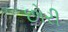
છોરી